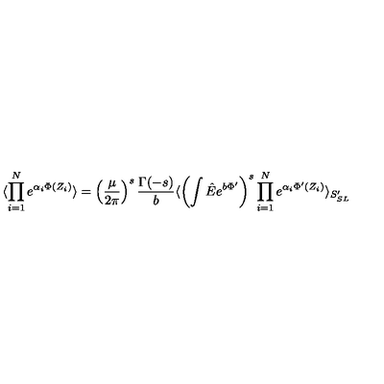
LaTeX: \langle \prod _ { i = 1 } ^ { N } e ^ { \alpha _ { i } \Phi ( Z _ { i } ) } \rangle = \left( \frac { \mu } { 2 \pi } \right) ^ { s } \frac { \Gamma ( - s ) } { b } \langle \left( \int \hat { E } e ^ { b \Phi ^ { \prime } } \right) ^ { s } \prod _ { i = 1 } ^ { N } e ^ { \alpha _ { i } \Phi ^ { \prime } ( Z _ { i } ) } \rangle _ { S _ { S L } ^ { \prime } }